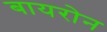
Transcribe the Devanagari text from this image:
बायरोन